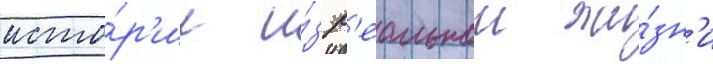
исто́р'ии и́з р'еальнои жи́зн'и